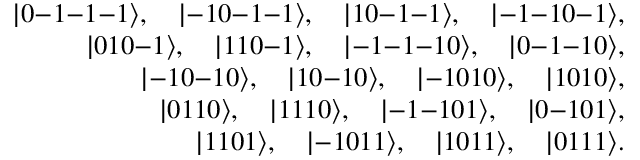
\begin{array} { r } { | 0 \mathrm { - } 1 \mathrm { - } 1 \mathrm { - } 1 \rangle , \quad | \mathrm { - } 1 0 \mathrm { - } 1 \mathrm { - } 1 \rangle , \quad | 1 0 \mathrm { - } 1 \mathrm { - } 1 \rangle , \quad | \mathrm { - } 1 \mathrm { - } 1 0 \mathrm { - } 1 \rangle , } \\ { | 0 1 0 \mathrm { - } 1 \rangle , \quad | 1 1 0 \mathrm { - } 1 \rangle , \quad | \mathrm { - } 1 \mathrm { - } 1 \mathrm { - } 1 0 \rangle , \quad | 0 \mathrm { - } 1 \mathrm { - } 1 0 \rangle , } \\ { | \mathrm { - } 1 0 \mathrm { - } 1 0 \rangle , \quad | 1 0 \mathrm { - } 1 0 \rangle , \quad | \mathrm { - } 1 0 1 0 \rangle , \quad | 1 0 1 0 \rangle , } \\ { | 0 1 1 0 \rangle , \quad | 1 1 1 0 \rangle , \quad | \mathrm { - } 1 \mathrm { - } 1 0 1 \rangle , \quad | 0 \mathrm { - } 1 0 1 \rangle , } \\ { | 1 1 0 1 \rangle , \quad | \mathrm { - } 1 0 1 1 \rangle , \quad | 1 0 1 1 \rangle , \quad | 0 1 1 1 \rangle . } \end{array}